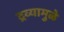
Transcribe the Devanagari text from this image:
द्रव्यामुळे